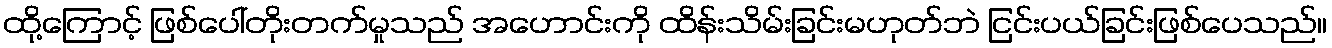
ထို့ကြောင့် ဖြစ်ပေါ်တိုးတက်မှုသည် အဟောင်းကို ထိန်းသိမ်းခြင်းမဟုတ်ဘဲ ငြင်းပယ်ခြင်းဖြစ်ပေသည်။